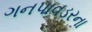
ગનપાવડરના